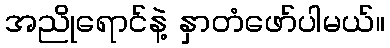
အညိုရောင်နဲ့ နှာတံဖော်ပါမယ်။